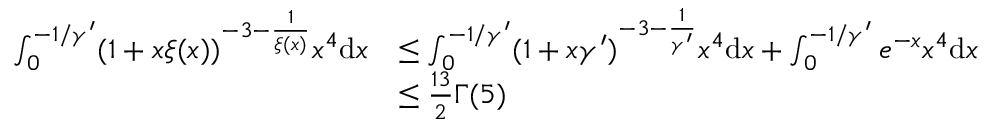
\begin{array} { r l } { \int _ { 0 } ^ { - 1 / \gamma ^ { \prime } } ( 1 + x \xi ( x ) ) ^ { - 3 - \frac { 1 } { \xi ( x ) } } x ^ { 4 } \mathrm { d } x } & { \leq \int _ { 0 } ^ { - 1 / \gamma ^ { \prime } } ( 1 + x \gamma ^ { \prime } ) ^ { - 3 - \frac { 1 } { \gamma ^ { \prime } } } x ^ { 4 } \mathrm { d } x + \int _ { 0 } ^ { - 1 / \gamma ^ { \prime } } e ^ { - x } x ^ { 4 } \mathrm { d } x } \\ & { \leq \frac { 1 3 } { 2 } \Gamma ( 5 ) } \end{array}